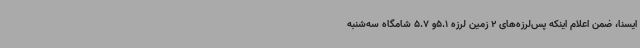
ایسنا، ضمن اعلام اینکه پس‌لرزه‌های 2 زمین لرزه 5.1و 5.7 شامگاه سه‌شنبه